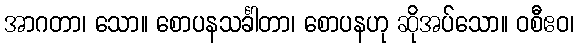
အာဂတာ၊ သော။ စောပနသင်္ခါတာ၊ စောပနဟု ဆိုအပ်သော။ ဝစီဧဝ၊